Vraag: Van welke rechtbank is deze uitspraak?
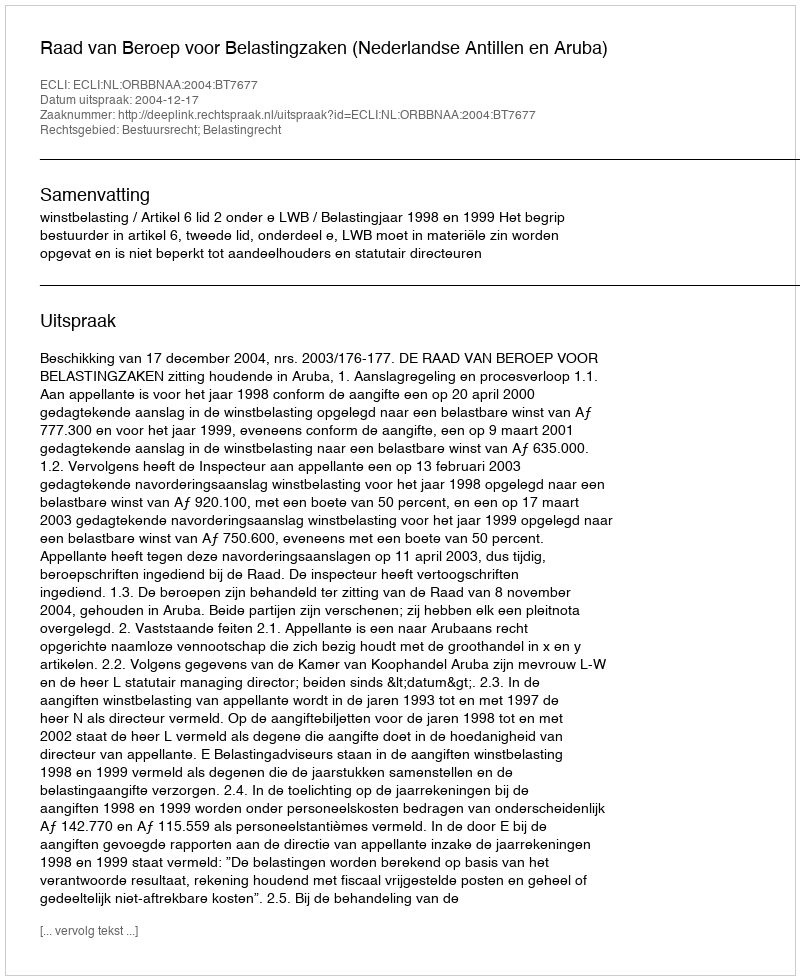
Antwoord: Raad van Beroep voor Belastingzaken (Nederlandse Antillen en Aruba)